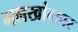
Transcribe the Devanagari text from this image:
मलखांबावर